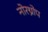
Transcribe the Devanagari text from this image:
नोरथ्रोप